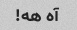
آه هه!